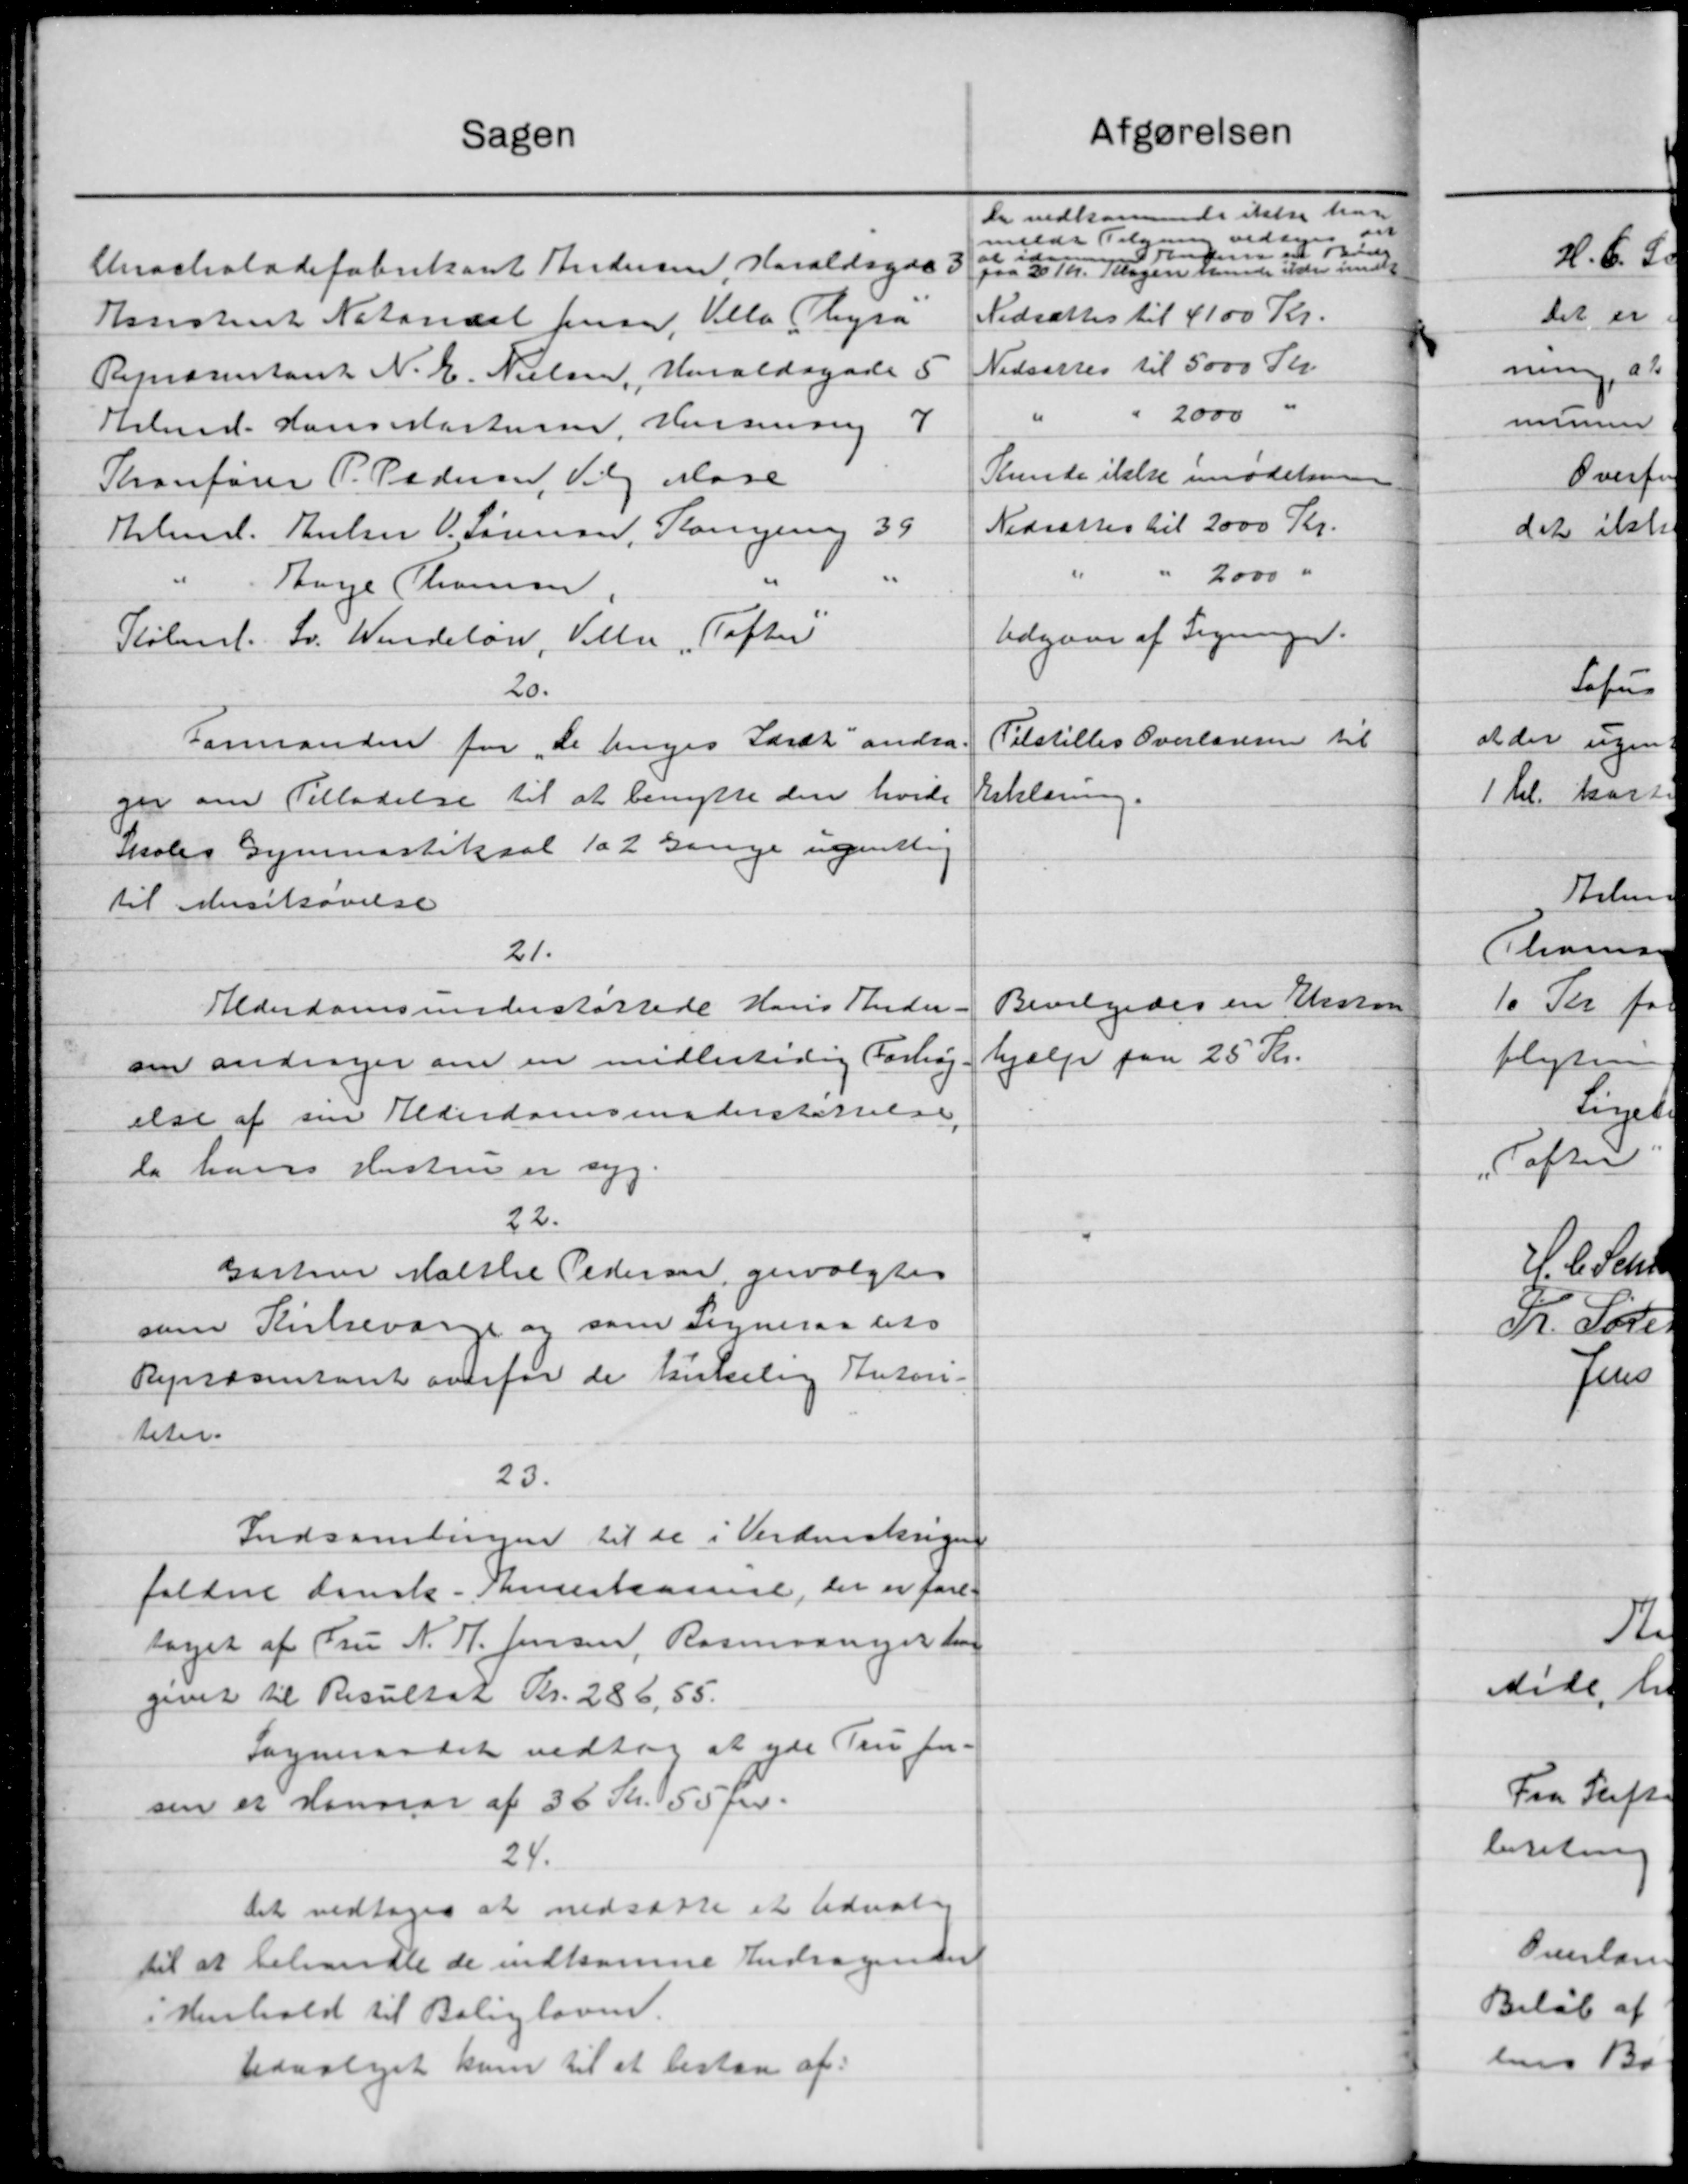
Transskription:
Sagen
Anackoladefabrikant Andersen, Haraldsgaa 3
Konistent Natanarl Jensen, Villa Thyra
Repræsentant N. E. Nielsen, Haraldsgade 5
Arbmd. Hans Mortensen, Versang 7
Thonfører P. Pedersen, Valg Mose
Kbmd. Thulm V. Sørensen, Borgering 39
Aage Thomsen
Københ. Sv. Windeløn, Villa "Tofter
20.
Formanden for „De toges Lærdt andra-
ger om Tilladelse til at benytte den hvide
skoles Gymnastiksal 1a 2 Gange ugentlig
til Husetravelse
21.
Alderdomsunderstøttede Hans Rheder.
om andrager om en midlertidig Forhøj
else af sin Alderdomsunderstøttelse.
da haves Hustru er syg.
22.
Gartner Malthe Pedersen, genvalgtes
som Kirkevare og som Sogneraadets
Repræsentant overfor de kirkelig Anton-
teter.
23.
Indsamlingen til de i Verdenskrigen
faldne dansk - Sneskassere, der er fore-
laget af Fru N. P. Jensen, Rasmusninger for
givet til Resultat Kr. 286,55.
Sogneraadet vedtog at yde Tru for-
sen er Honorar af 36 Kr. 50 pr.
24.
Det vedtoges at nedsætte et Udvalg
til at behandle de indkomne Andragender
i Henhold til Boligloven.
Udvalget kan til at bestaa af-